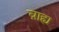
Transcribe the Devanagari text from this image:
ब़ाह्य